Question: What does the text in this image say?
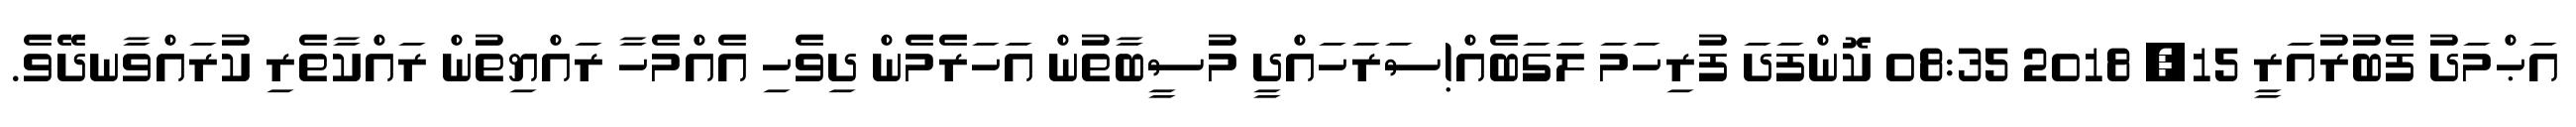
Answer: އަޙްމަދު ފެބުރުއަރީ 15, 2018 08:35 ކޮންފަދަ ފުރިހަމަ ލަގަބެއް!ސަރަހައްދީ މުސީބާތުން އަހަރެމެން ދިވެހި އެއްމެހާ ރައްޔިތުން ރައްކާތެރި ކުރައްވާނދޭވެ.